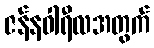
ဇန်နဝါရီလအတွက်